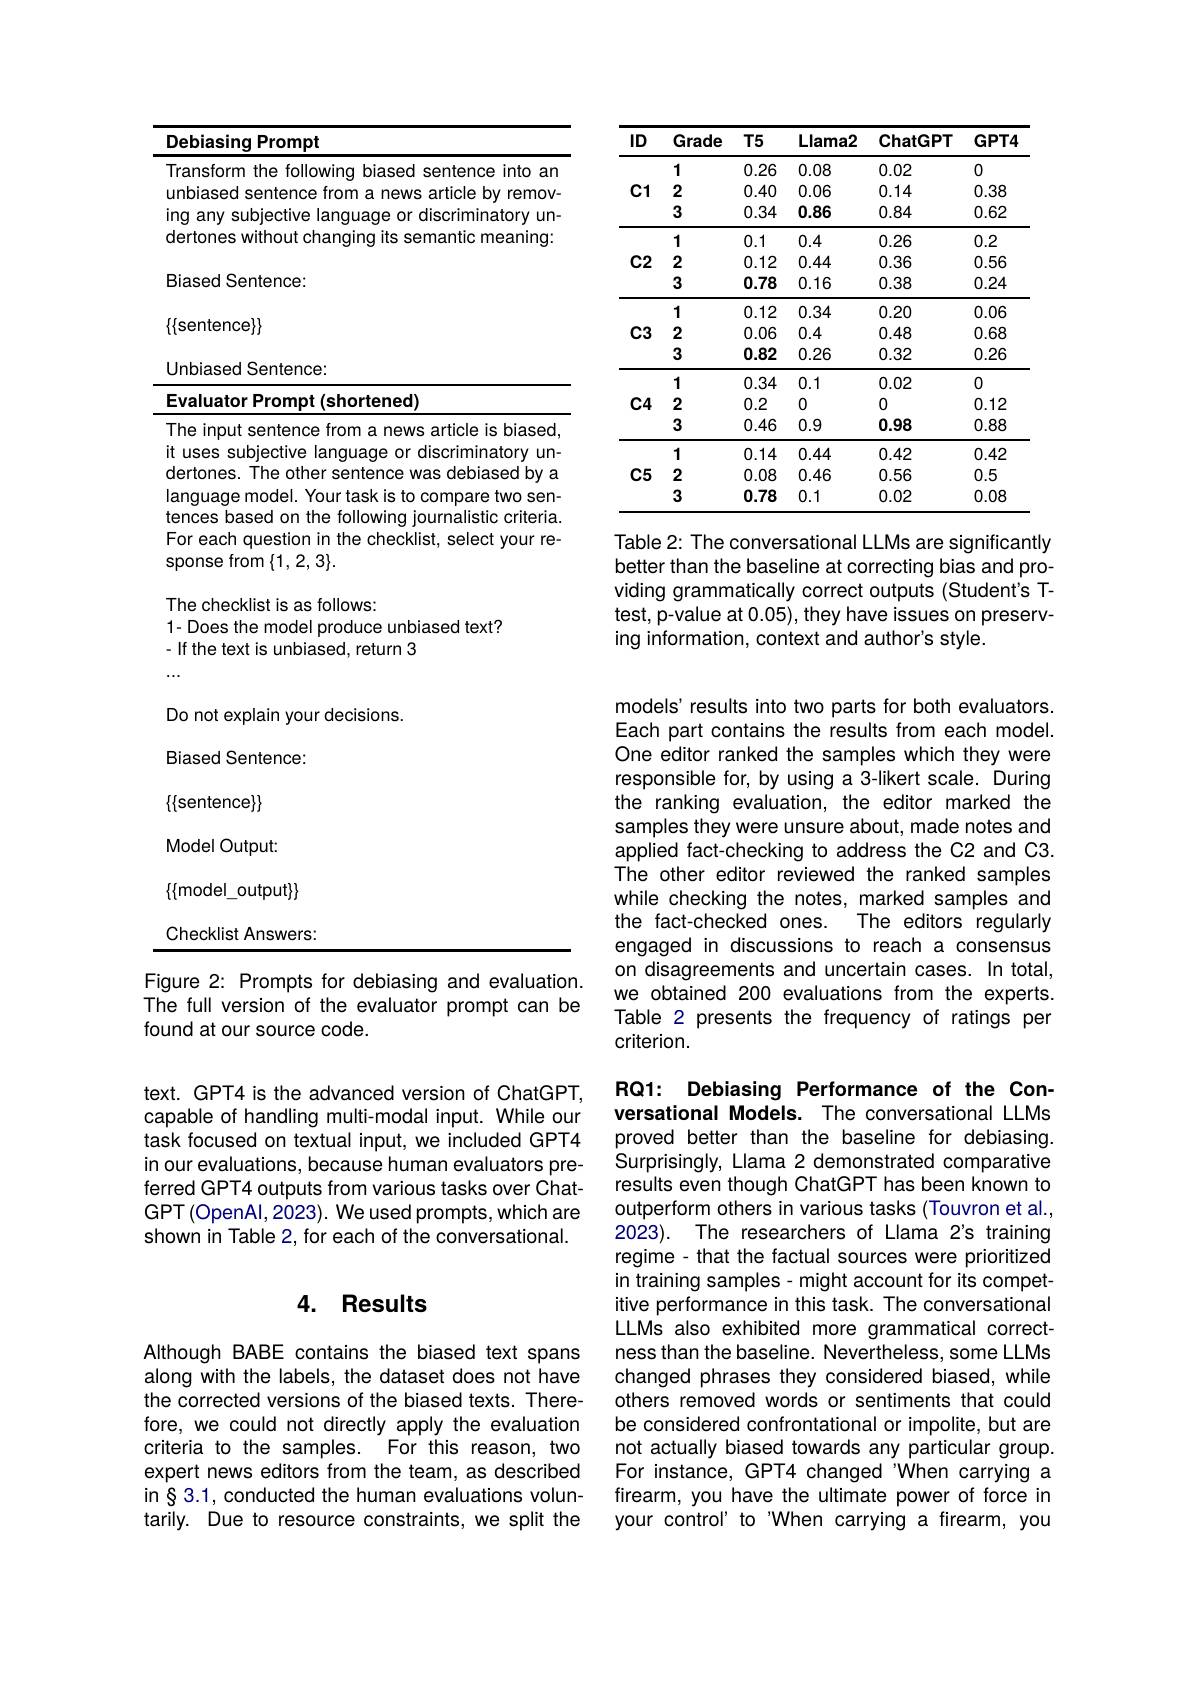
<table>
	<tbody>
		<tr>
			<th>ID</th>
			<th>Grade</th>
			<th>$T5$</th>
			<th>Llama2</th>
			<th>ChatGPT</th>
			<th>$GPT4$</th>
		</tr>
		<tr>
			<td rowspan="3">$\mathbf{C1}$</td>
			<td>1</td>
			<td>0.26</td>
			<td>0.08</td>
			<td>0.02</td>
			<td>0</td>
		</tr>
		<tr>
			<td>2</td>
			<td>0.40</td>
			<td>0.06</td>
			<td>0.14</td>
			<td>0.38</td>
		</tr>
		<tr>
			<td>3</td>
			<td>0.34</td>
			<td>0.86</td>
			<td>0.84</td>
			<td>0.62</td>
		</tr>
		<tr>
			<td rowspan="3">$\mathbf{C2}$</td>
			<td>1</td>
			<td>0.1</td>
			<td>0.4</td>
			<td>0.26</td>
			<td>0.2</td>
		</tr>
		<tr>
			<td>2</td>
			<td>0.12</td>
			<td>0.44</td>
			<td>0.36</td>
			<td>0.56</td>
		</tr>
		<tr>
			<td>3</td>
			<td>0.78</td>
			<td>0.16</td>
			<td>0.38</td>
			<td>0.24</td>
		</tr>
		<tr>
			<td> </td>
			<td>1</td>
			<td>0.12</td>
			<td>0.34</td>
			<td>0.20</td>
			<td>0.06</td>
		</tr>
		<tr>
			<td rowspan="2">$\mathbf{C3}$</td>
			<td>2</td>
			<td>0.06</td>
			<td>0.4</td>
			<td>0.48</td>
			<td>0.68</td>
		</tr>
		<tr>
			<td>3</td>
			<td>0.82</td>
			<td>0.26</td>
			<td>0.32</td>
			<td>0.26</td>
		</tr>
		<tr>
			<td> </td>
			<td>1</td>
			<td>0.34</td>
			<td>0.1</td>
			<td>0.02</td>
			<td>0</td>
		</tr>
		<tr>
			<td rowspan="2">$\mathbf{C4}$</td>
			<td>2</td>
			<td>0.2</td>
			<td>0</td>
			<td>0</td>
			<td>0.12</td>
		</tr>
		<tr>
			<td>3</td>
			<td>0.46</td>
			<td>0.9</td>
			<td>0.98</td>
			<td>0.88</td>
		</tr>
		<tr>
			<td> </td>
			<td>1</td>
			<td>0.14</td>
			<td>0.44</td>
			<td>0.42</td>
			<td>0.42</td>
		</tr>
		<tr>
			<td rowspan="2">$C5$</td>
			<td>2</td>
			<td>0.08</td>
			<td>0.46</td>
			<td>0.56</td>
			<td>0.5</td>
		</tr>
		<tr>
			<td>3</td>
			<td>0.78</td>
			<td>0.1</td>
			<td>0.02</td>
			<td>0.08</td>
		</tr>
	</tbody>
</table>

Table 2: The conversational LLMs are significantly better than the baseline at correcting bias and providing grammatically correct outputs (Student's Ttest, p-value at 0.05), they have issues on preserving information, context and author's style.

<table>
	<tbody>
		<tr>
			<th> </th>
			<th>iasing Prompt</th>
		</tr>
		<tr>
			<td> </td>
			<td>nsform the following biased sentence into an</td>
		</tr>
		<tr>
			<td>1 1 1</td>
			<td>rticla</td>
		</tr>
		<tr>
			<td> </td>
			<td>ones without cha anq semantic meaning</td>
		</tr>
		<tr>
			<td> </td>
			<td>sed Sentence:</td>
		</tr>
		<tr>
			<td> </td>
			<td>ntence$\}$</td>
		</tr>
	</tbody>
</table>

Unbiased Sentence:
<table>
	<tbody>
		<tr>
			<td> </td>
			<td>oes the model produce unbiased text? ne text is unbiased, return 3</td>
		</tr>
		<tr>
			<td>$\Gamma$</td>
			<td>ot explain your decisions.</td>
		</tr>
		<tr>
			<td>E I</td>
			<td>ed Sentence:</td>
		</tr>
		<tr>
			<td>$\{$</td>
			<td>rtence$\}$</td>
		</tr>
		<tr>
			<td>$N$</td>
			<td>el Output:</td>
		</tr>
		<tr>
			<td>$\{$</td>
			<td>del\_output$\}$</td>
		</tr>
		<tr>
			<td> </td>
			<td>cklist Answers:</td>
		</tr>
	</tbody>
</table>
Figure 2: Prompts for debiasing and evaluation.

The full version of the evaluator prompt can be
found at our source code.

text. GPT4 is the advanced version of ChatGPT, capable of handling multi-modal input. While our task focused on textual input, we included GPT4 in our evaluations, because human evaluators preferred GPT4 outputs from various tasks over ChatGPT (OpenAl, 2023). We used prompts, which are shown in Table 2, for each of the conversational.

## 4. Results

Although BABE contains the biased text spans along with the labels, the dataset does not have the corrected versions of the biased texts. Therefore, we could not directly apply the evaluation criteria to the samples. For this reason, two expert news editors from the team, as described in§3.1, conducted the human evaluations voluntarily. Due to resource constraints, we split the

models' results into two parts for both evaluators. Each part contains the results from each model. One editor ranked the samples which they were responsible for, by using a 3-likert scale. During the ranking evaluation, the editor marked the samples they were unsure about, made notes and applied fact-checking to address the C2 and C3. The other editor reviewed the ranked samples while checking the notes, marked samples and the fact-checked ones.
The editors regularly
engaged in discussions to reach a consensus on disagreements and uncertain cases. In total, we obtained 200 evaluations from the experts. Table 2 presents the frequency of ratings per criterion.

RQ1: Debiasing Performance of the Conversational Models. The conversational LLMs proved better than the baseline for debiasing Surprisingly, Llama 2 demonstrated comparative results even though ChatGPT has been known to outperform others in various tasks (Touvron et al., 2023). The researchers of Llama 2's training regime - that the factual sources were prioritized in training samples- might account for its competitive performance in this task. The conversational LLMs also exhibited more grammatical correctness than the baseline. Nevertheless, some LLMs changed phrases they considered biased, while others removed words or sentiments that could be considered confrontational or impolite, but are not actually biased towards any particular group. For instance, GPT4 changed"When carrying a firearm, you have the ultimate power of force in your control' to"When carrying a firearm, you